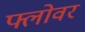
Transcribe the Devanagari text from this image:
फ्लोवर